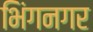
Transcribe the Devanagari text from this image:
भिंगनगर